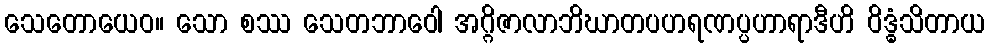
သေတောယေဝ။ သော စဿ သေတဘာဝေါ အဂ္ဂိဇာလာဘိဃာတပဟရဏပ္ပဟာရာဒီဟိ ဝိဒ္ဓံသိတာယ